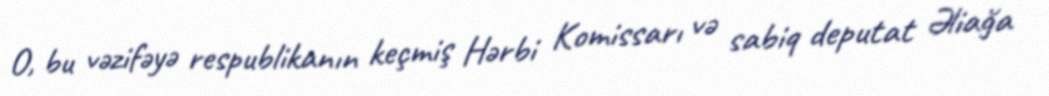
O, bu vəzifəyə respublikanın keçmiş Hərbi Komissarı və sabiq deputat Əliağa